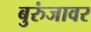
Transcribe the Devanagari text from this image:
बुरुंजावर